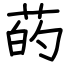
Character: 菂